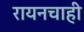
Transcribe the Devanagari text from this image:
रायनचाही